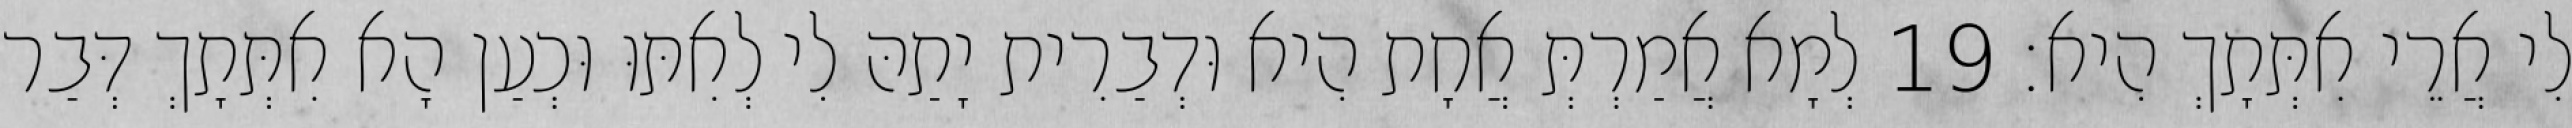
לִי אֲרֵי אִתְּתָךְ הִיא׃ 19 לְמָא אֲמַרְתְּ אֲחָת הִיא וּדְבַרִית יָתַהּ לִי לְאִתּוּ וּכְעַן הָא אִתְּתָךְ דְּבַר